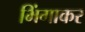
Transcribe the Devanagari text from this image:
भिंगाकर